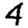
Digit: 4